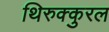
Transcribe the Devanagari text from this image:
थिरुक्कुरल